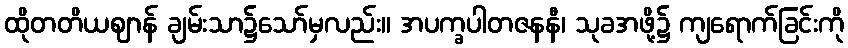
ထိုတတိယဈာန် ချမ်းသာ၌သော်မှလည်း။ အပက္ခပါတဇနနီ၊ သုခအဖို့၌ ကျရောက်ခြင်းကို